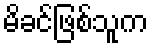
မိခင်ဖြစ်သူက